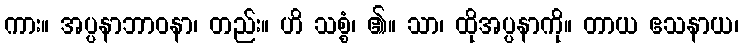
ကား။ အပ္ပနာဘာဝနာ၊ တည်း။ ဟိ သစ္စံ၊ ၏။ သာ၊ ထိုအပ္ပနာကို။ တာယ ဧသနာယ၊